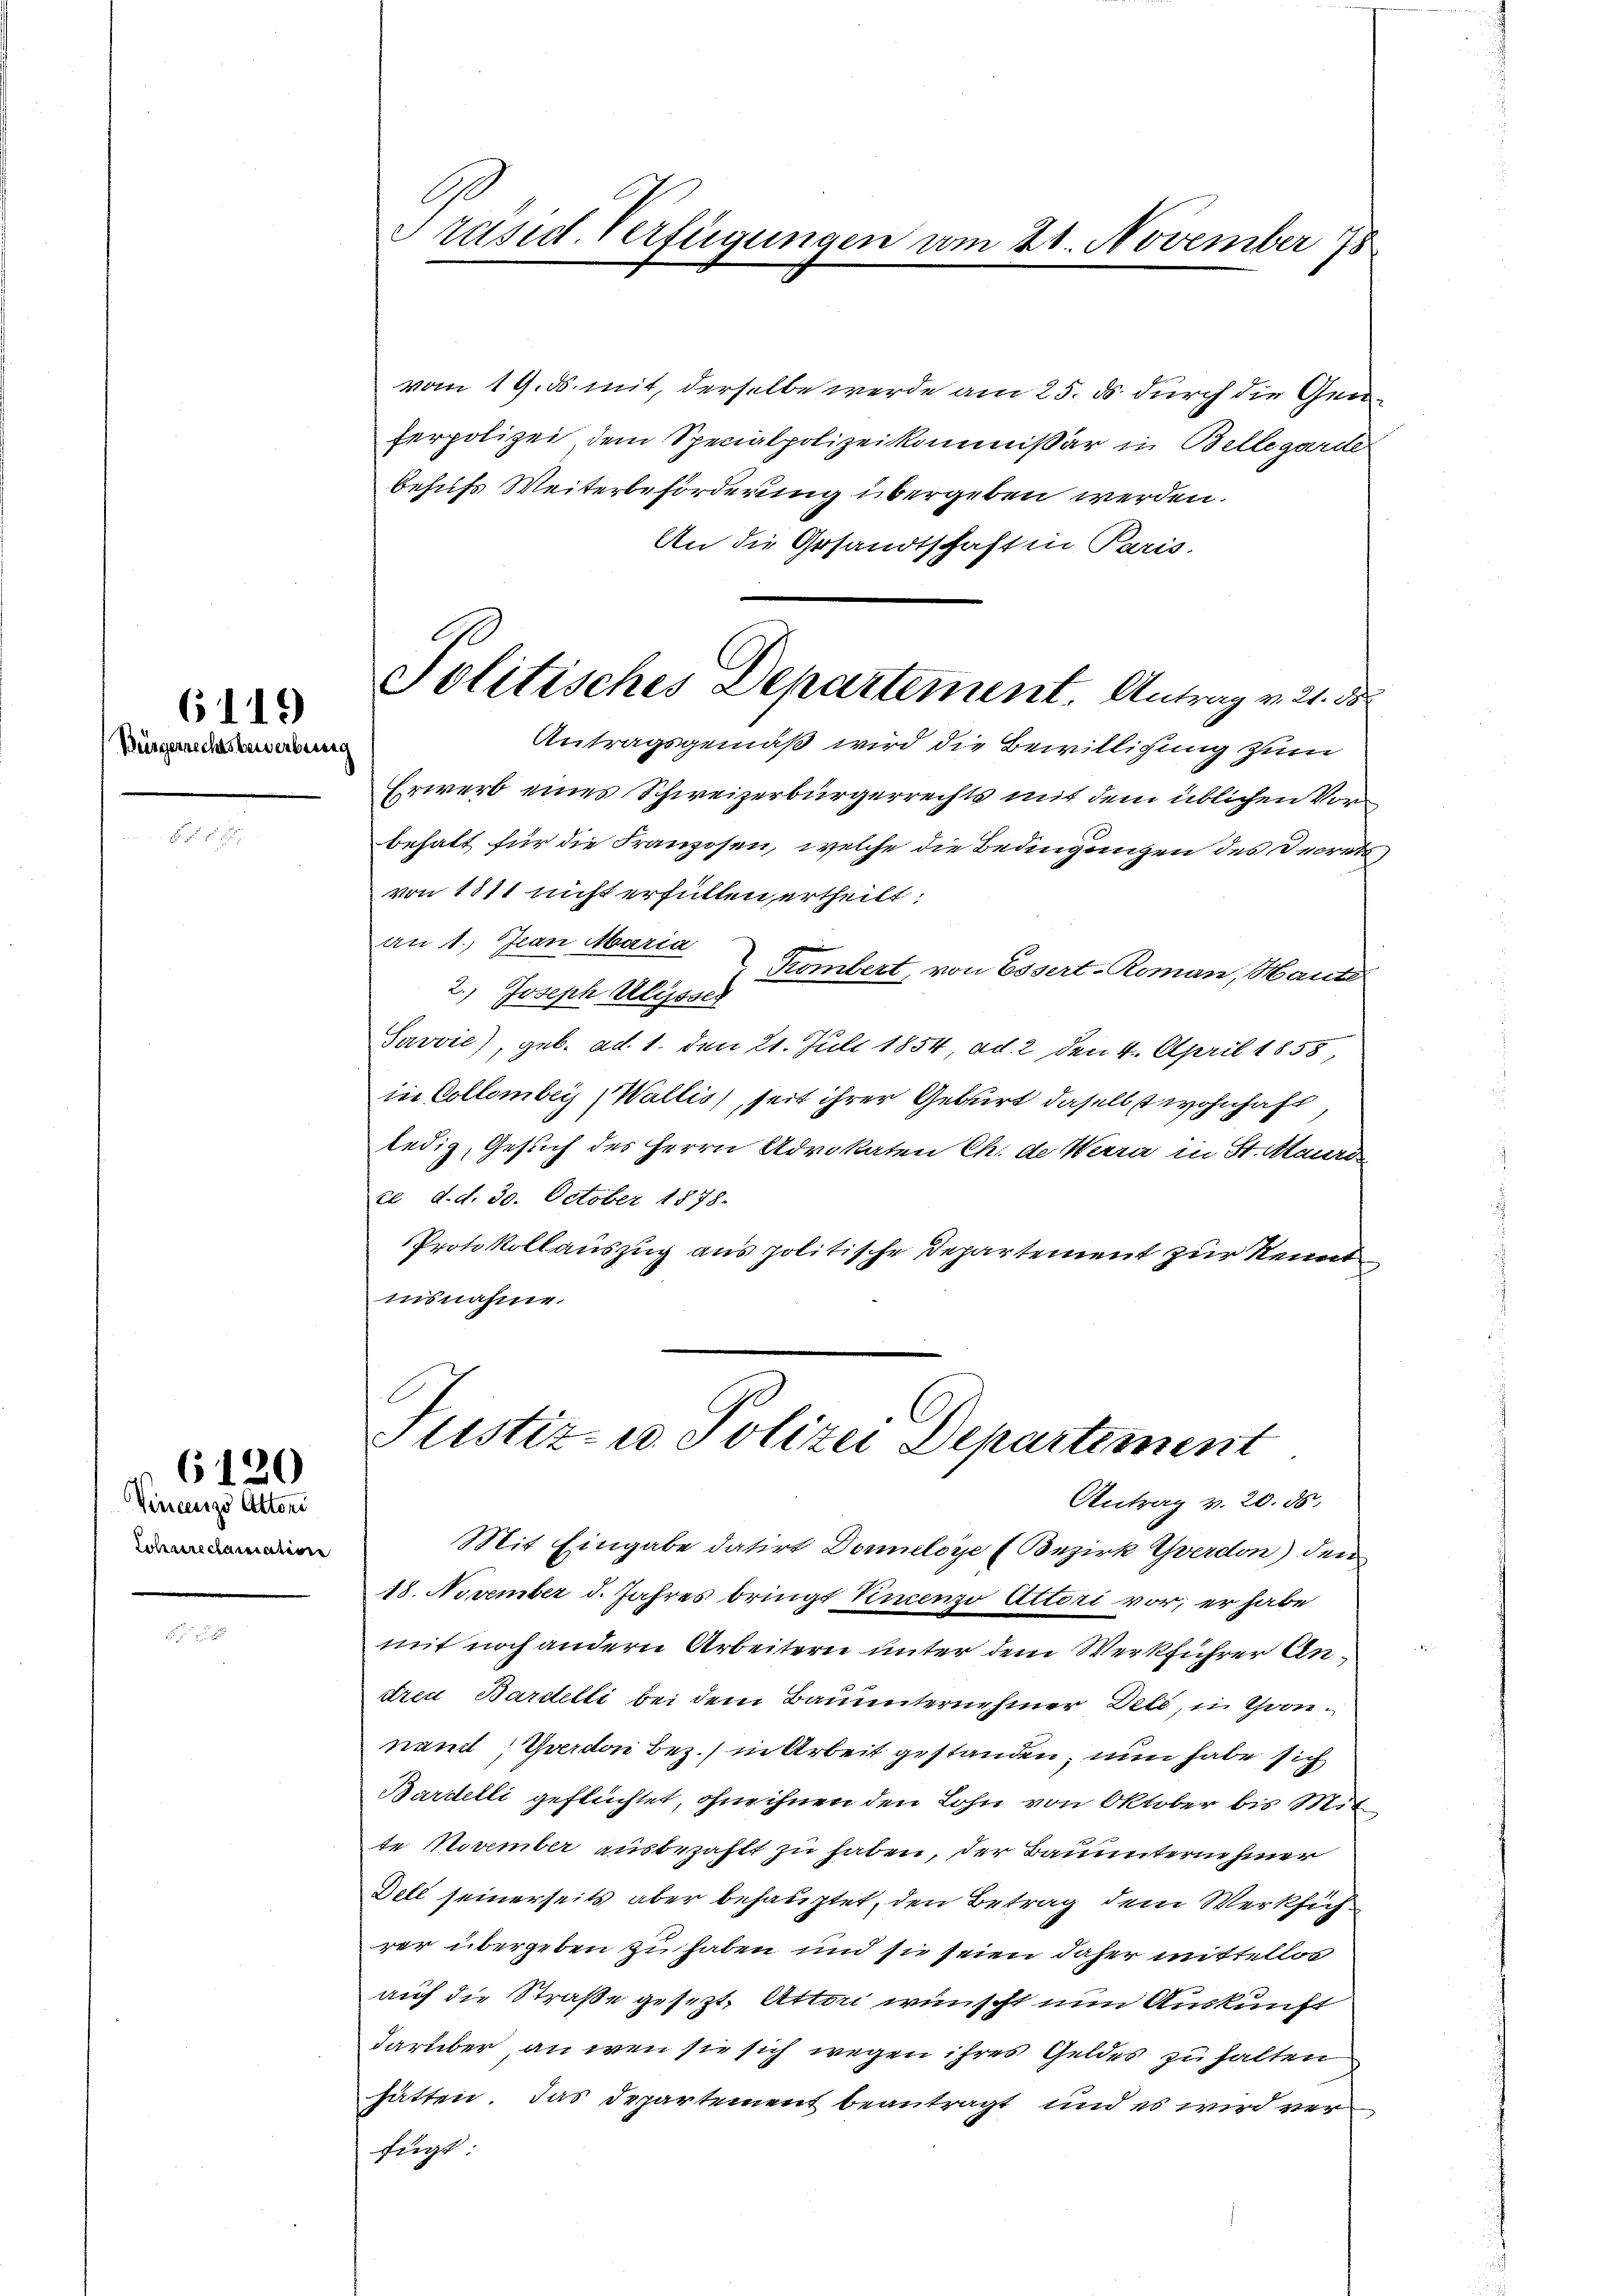
6119
Bürgernichtsbewerbung

Vincenze Attoni
Sohaereclamation

6120

vom 19. ds. mit, derselbe werde am 25. ds durch die Genferpolizei dem Specialpolizeikommissär in Bellegarde
behufs Weiterbeförderung übergeben werden.
An die Gesandtschaft in Paris.
Antragsgemäß wird die Bewilligung zum
Erwerb eines Schweizerbürgerrechts mit dem üblichen Vorbehalt für die Franzosen, welche die Bedingungen des Decrets
von 1811 nicht erfüllen ertheilt:
an 1. Jean Maria
Trombert, von Essert-Roman, Haut
2.) Joseph Algen
Savvić), geb. ad 1. den 21. Juli 1854, ad 2 den 4. April 1858,
in Collomber (Wallis, seit ihrer Geburt daselbst wohnhaft
ledig, Gesuch des Herrn Advokaten Ch. de Werra in St. Mauri
ce d. d. 30. October 1878.
Protokollauszug aus politische Departement zur Kennt
insnahme.
Justiz- u. Polizei Departement
Antrag v. 20. ds.
Mit Eingabe datirt Donneloye (Bezirk Yverdon) den
18. November d. Jahres bringt Kncenzo Actori vor; er habe
mt noch andern Arbeitern unter dem Werkführer Andrei Bardelli bei dem Bauunternehmer Dete, in Gronnam, Geerdon bez.) in Arbeit gestanden, nun habe sich
Bardelli geflüchtet, ohne ihnen den Lohn von Oktober bis Mit
te November ausbezahlt zu haben, der Bauunterne hiner
Dell seinerseits aber behauptet, den Betrag dem Werksich
rer übergeben zu haben und sie seien daher mittellos
auf die Straße gesezt. Attori wünscht nun Auskunft
darüber an wenn sie sich wegen ihres Geldes zu halten
hätten. Das Departement beantragt und es wird verfügt

G
Präsid. Verfügungen vom 21. November 78

Politisches Departement. Antrag v. 21. d.